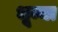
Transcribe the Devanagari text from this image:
भूम्या